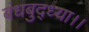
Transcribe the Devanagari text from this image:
बंधबुद्ध्या।।